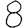
Digit: 8